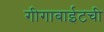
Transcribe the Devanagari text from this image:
गीगाबाईटची